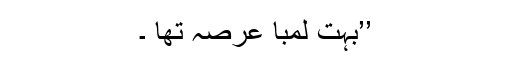
’’بہت لمبا عرصہ تھا ۔